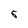
Character: 5